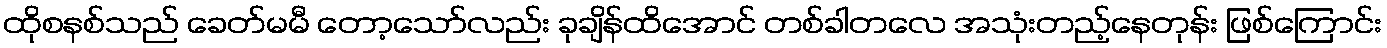
ထိုစနစ်သည် ခေတ်မမီ တော့သော်လည်း ခုချိန်ထိအောင် တစ်ခါတလေ အသုံးတည့်နေတုန်း ဖြစ်ကြောင်း